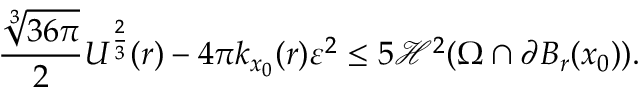
\frac { \sqrt [ 3 ] { 3 6 \pi } } { 2 } U ^ { \frac { 2 } { 3 } } ( r ) - 4 \pi k _ { x _ { 0 } } ( r ) \varepsilon ^ { 2 } \leq 5 \mathcal { H } ^ { 2 } ( \Omega \cap \partial B _ { r } ( x _ { 0 } ) ) .